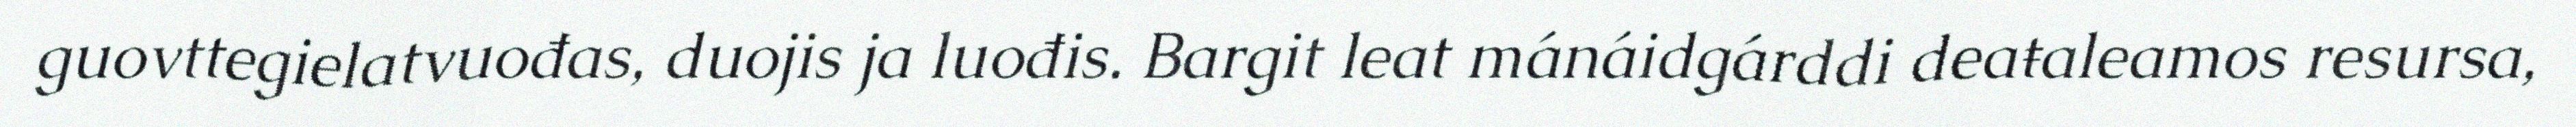
guovttegielatvuođas, duojis ja luođis. Bargit leat mánáidgárddi deaŧaleamos resursa,